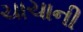
ચાચાની